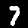
Label: 7